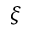
\xi